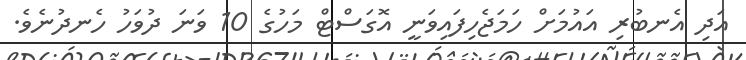
އަދި އެނބުރި އައުމަށް ހަމަޖެހިފައިވަނީ އޮގަސްޓް މަހުގެ 10 ވަނަ ދުވަހު ހެނދުނެވެ.